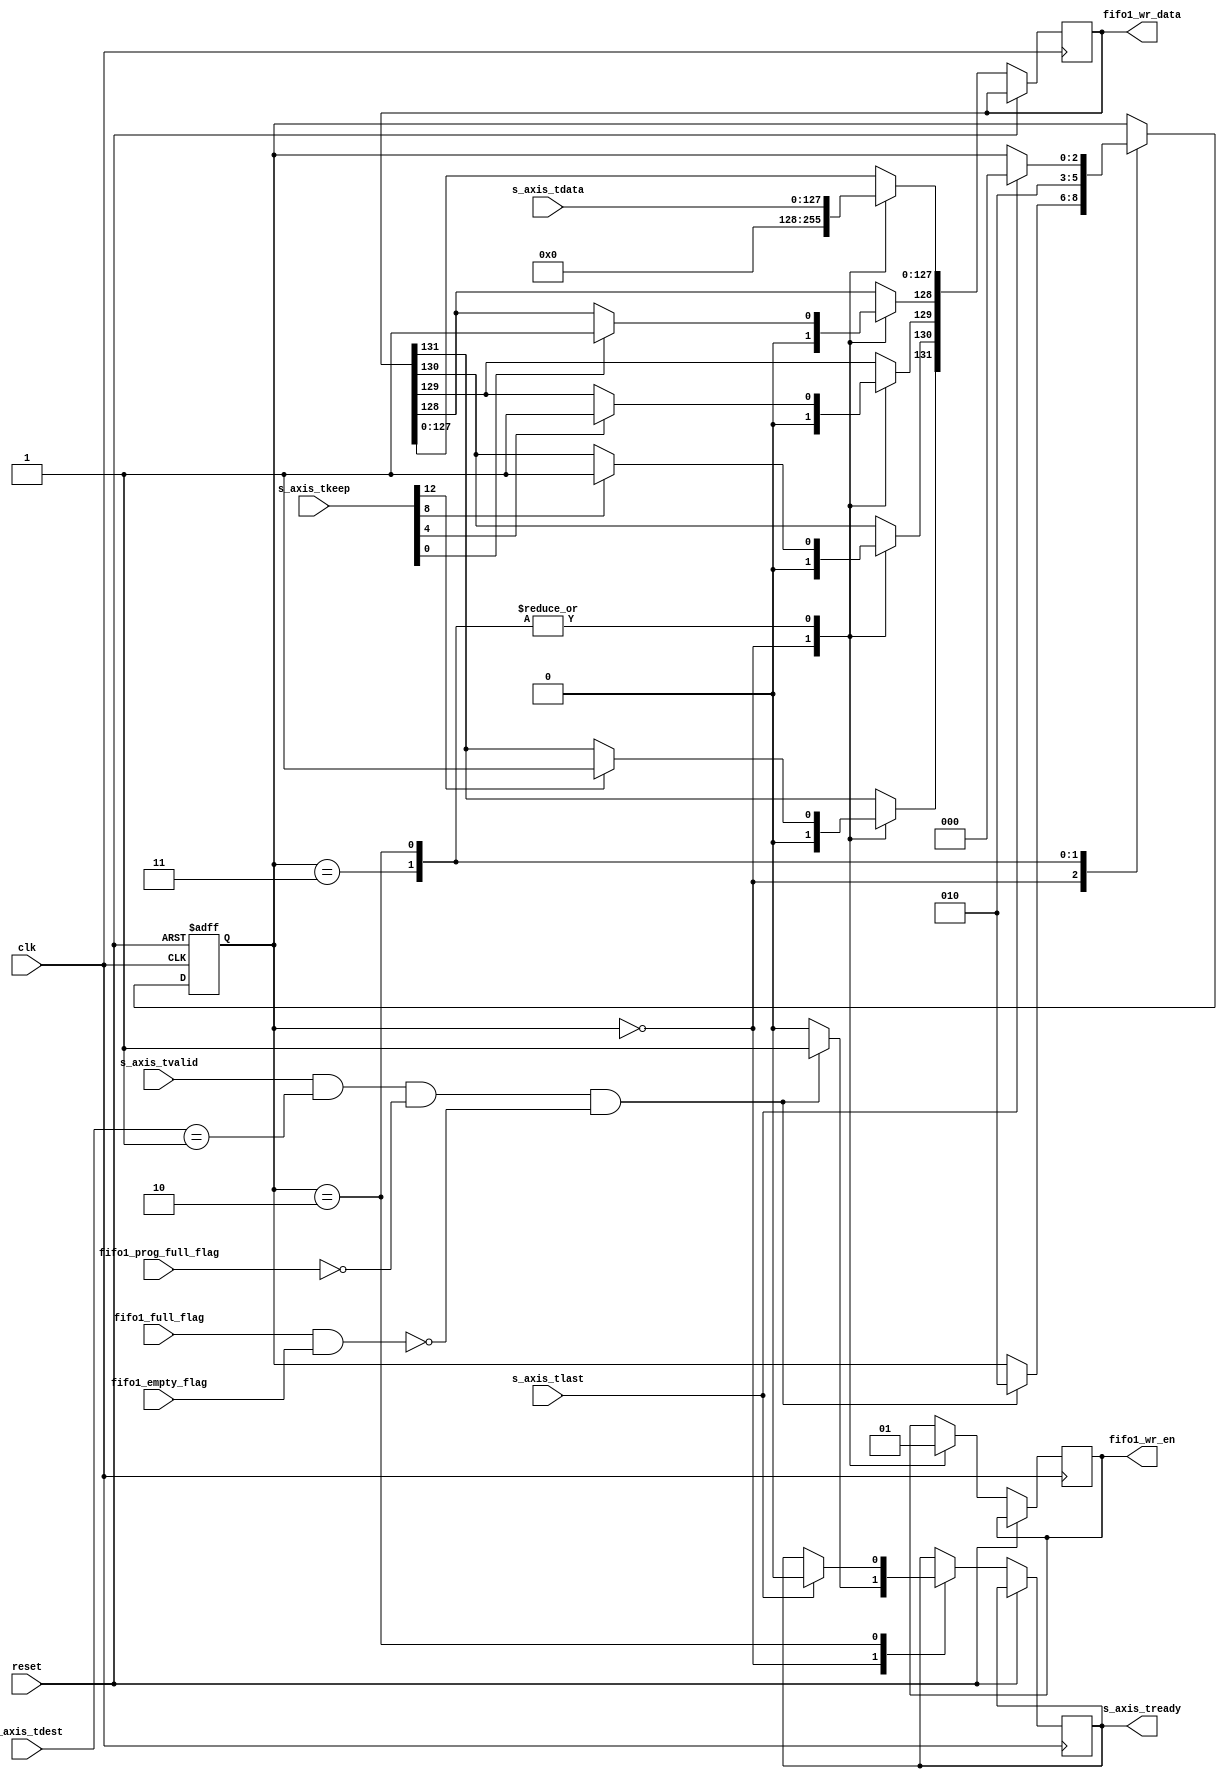
/*
AXI4-Stream slave
Designed by Ivan Grafsky
Zelenograd, 2013
*/
`timescale 1ps/1ps

module axi4_stream_slave #(
parameter DATABUSWIDTH = 16, //in bytes
parameter TDESTWIDTH = 2, // in bits
parameter TUSERWIDTH = 22, // in bits
parameter FIFODATAWIDTH = 132, // in bits
parameter TDESTADDR = 2'b01
)
(
//common signals
input                           	clk,
input                           	reset,
//axi4stream signals
input                           	s_axis_tvalid,
output reg                      	s_axis_tready,
input [(8*DATABUSWIDTH-1):0]    	s_axis_tdata,
input [(DATABUSWIDTH-1):0]     	s_axis_tkeep,
input                           	s_axis_tlast,
input [(TDESTWIDTH-1):0]			s_axis_tdest,

   //
//user signals
output reg [(FIFODATAWIDTH-1):0] fifo1_wr_data,
output reg                       fifo1_wr_en,
input                            fifo1_prog_full_flag,
input 									fifo1_full_flag,
input										fifo1_empty_flag                            
);

localparam [2:0] idle = 3'b000,
                 start = 3'b001,
                 transmit = 3'b010,
                 state0   = 3'b011;

reg [2:0] state_reg;


always@(posedge clk or posedge reset)
begin
if(reset)
    begin
        state_reg <= idle;
    end
else
begin
    case(state_reg)
        idle:
            begin
            fifo1_wr_en <= 1'b0;
            fifo1_wr_data <= 0;
				s_axis_tready <= 1'b0;
            if(s_axis_tvalid & (s_axis_tdest == TDESTADDR) & (~fifo1_prog_full_flag) & (~(fifo1_full_flag & fifo1_empty_flag)))
                begin
                    state_reg <= transmit;
						  s_axis_tready <= 1'b1;
                end 
            end
        state0:
            begin
                state_reg <= transmit;
					 fifo1_wr_en <= 1'b1;
                fifo1_wr_data[127:0] <= s_axis_tdata;
					 if(s_axis_tkeep[0])
						begin
							fifo1_wr_data[128] <= 1'b1;
						end
					if(s_axis_tkeep[4])
						begin
							fifo1_wr_data[129] <= 1'b1;
						end
					if(s_axis_tkeep[8])
						begin
							fifo1_wr_data[130] <= 1'b1;
						end
					if(s_axis_tkeep[12])
						begin
							fifo1_wr_data[131] <= 1'b1;
						end
            end
        transmit:
            begin
					fifo1_wr_en <= 1'b1;
               fifo1_wr_data[127:0] <= s_axis_tdata;
					 if(s_axis_tkeep[0])
						begin
							fifo1_wr_data[128] <= 1'b1;
						end
					if(s_axis_tkeep[4])
						begin
							fifo1_wr_data[129] <= 1'b1;
						end
					if(s_axis_tkeep[8])
						begin
							fifo1_wr_data[130] <= 1'b1;
						end
					if(s_axis_tkeep[12])
						begin
							fifo1_wr_data[131] <= 1'b1;
						end
               if(s_axis_tlast)
                   begin
							s_axis_tready <= 1'b0;
							state_reg <= idle;
                   end
                end  
    endcase 
end
end




endmodule